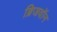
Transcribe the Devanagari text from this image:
ब्रिजवॉन